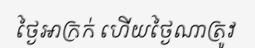
ថ្ងៃអាក្រក់ ហើយថ្ងៃណាត្រូវ